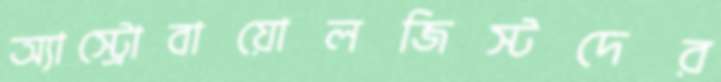
অ্যাস্ট্রোবায়োলজিস্টদের